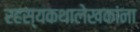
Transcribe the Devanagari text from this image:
रहस्यकथालेखकांना